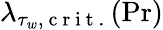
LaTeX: \lambda_{\tau_{w},\mathrm{~c~r~i~t~.~}}(\operatorname*{Pr})